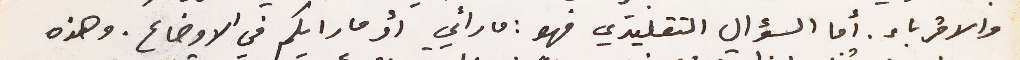
والاقرباء. أما السؤال التقليدي فهو: ما رأي أو ما رايكم في الاوضاع. وهذه